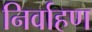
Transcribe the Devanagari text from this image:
निर्वाहण